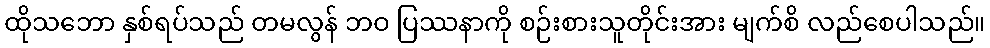
ထိုသဘော နှစ်ရပ်သည် တမလွန် ဘဝ ပြဿနာကို စဉ်းစားသူတိုင်းအား မျက်စိ လည်စေပါသည်။